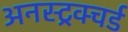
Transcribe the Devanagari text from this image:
अनस्ट्रक्चर्ड